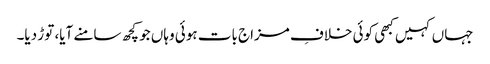
جہاں کہیں کبھی کوئی خلافِ مزاج بات ہوئی وہاں جو کچھ سامنے آیا، توڑ دیا۔